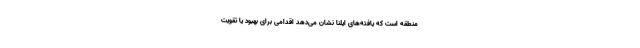
منطقه است که یافته‌های ایلنا نشان می‌دهد اقدامی برای بهبود یا تقویت